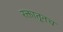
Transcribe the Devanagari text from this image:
रक्तातूनच